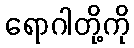
ရောဂါတို့ကို